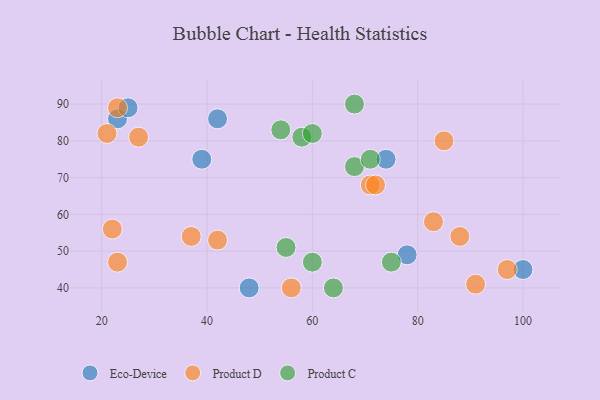
{"axis": {"x": "GDP", "y": "Life Expectancy"}, "legend": ["Eco-Device", "Product C", "Product D"], "data": [{"x": "23", "y": 86, "type": "Eco-Device"}, {"x": "39", "y": 75, "type": "Eco-Device"}, {"x": "100", "y": 45, "type": "Eco-Device"}, {"x": "74", "y": 75, "type": "Eco-Device"}, {"x": "25", "y": 89, "type": "Eco-Device"}, {"x": "42", "y": 86, "type": "Eco-Device"}, {"x": "48", "y": 40, "type": "Eco-Device"}, {"x": "78", "y": 49, "type": "Eco-Device"}, {"x": "22", "y": 56, "type": "Product D"}, {"x": "56", "y": 40, "type": "Product D"}, {"x": "21", "y": 82, "type": "Product D"}, {"x": "23", "y": 89, "type": "Product D"}, {"x": "71", "y": 68, "type": "Product D"}, {"x": "97", "y": 45, "type": "Product D"}, {"x": "88", "y": 54, "type": "Product D"}, {"x": "72", "y": 68, "type": "Product D"}, {"x": "91", "y": 41, "type": "Product D"}, {"x": "23", "y": 47, "type": "Product D"}, {"x": "85", "y": 80, "type": "Product D"}, {"x": "37", "y": 54, "type": "Product D"}, {"x": "42", "y": 53, "type": "Product D"}, {"x": "27", "y": 81, "type": "Product D"}, {"x": "83", "y": 58, "type": "Product D"}, {"x": "75", "y": 47, "type": "Product C"}, {"x": "60", "y": 47, "type": "Product C"}, {"x": "54", "y": 83, "type": "Product C"}, {"x": "68", "y": 73, "type": "Product C"}, {"x": "58", "y": 81, "type": "Product C"}, {"x": "64", "y": 40, "type": "Product C"}, {"x": "71", "y": 75, "type": "Product C"}, {"x": "60", "y": 82, "type": "Product C"}, {"x": "68", "y": 90, "type": "Product C"}, {"x": "55", "y": 51, "type": "Product C"}]}